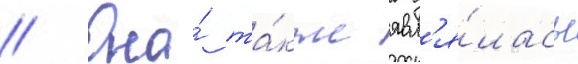
// Она́ та́кже явл'я́лась